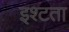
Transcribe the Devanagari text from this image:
इश्टता